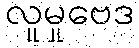
လူမှုဗေဒ